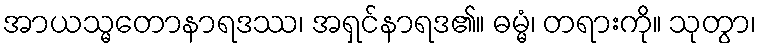
အာယသ္မတောနာရဒဿ၊ အရှင်နာရဒ၏။ ဓမ္မံ၊ တရားကို။ သုတွာ၊